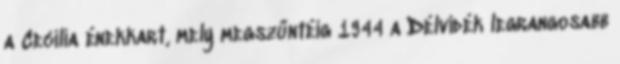
a Cecília énekkart, mely megszűntéig 1944 a Délvidék legrangosabb